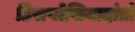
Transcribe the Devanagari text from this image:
डिसप्लेसियादांतों